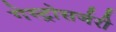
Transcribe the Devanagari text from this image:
गेस्ट्रोसर्जरी